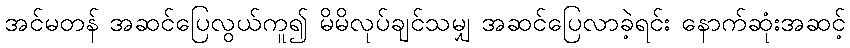
အင်မတန် အဆင်ပြေလွယ်ကူ၍ မိမိလုပ်ချင်သမျှ အဆင်ပြေလာခဲ့ရင်း နောက်ဆုံးအဆင့်